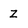
Character: z